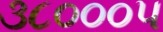
૩૮૦૦૦૫